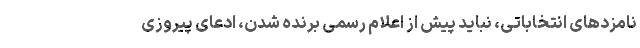
نامزدهای انتخاباتی، نباید پیش از اعلام رسمی برنده شدن، ادعای پیروزی